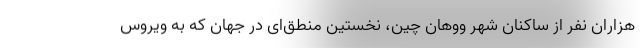
هزاران نفر از ساکنان شهر ووهان چین، نخستین منطق‌ای در جهان که به ویروس